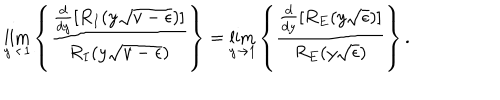
\lim _ { y \rightarrow 1 } \left\{ \frac { \frac { d } { d y } \left[ R _ { I } ( y \sqrt { v - \epsilon } ) \right] } { R _ { I } ( y \sqrt { v - \epsilon } ) } \right\} = \lim _ { y \rightarrow 1 } \left\{ \frac { \frac { d } { d y } \left[ R _ { E } ( y \sqrt { \epsilon } ) \right] } { R _ { E } ( y \sqrt { \epsilon } ) } \right\} .